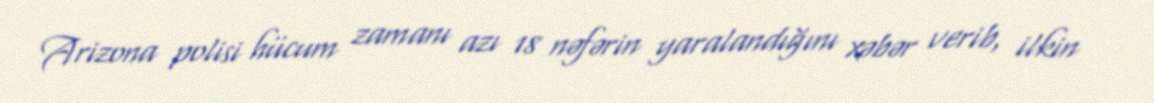
Arizona polisi hücum zamanı azı 18 nəfərin yaralandığını xəbər verib, ilkin